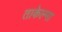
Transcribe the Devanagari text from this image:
ताकेल्मा